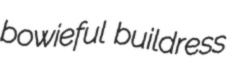
bowieful buildress